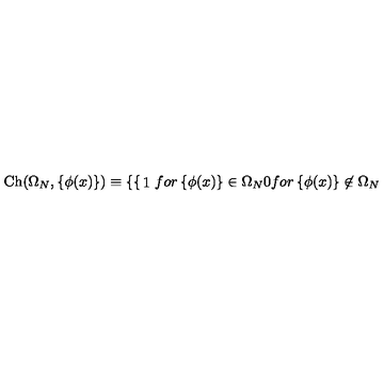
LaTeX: \mathrm { C h } ( \Omega _ { N } , \left\{ \phi ( x ) \right\} ) \equiv \left\{ \begin{cases} { 1 } & { f o r \left\{ \phi ( x ) \right\} \in \Omega _ { N } } \\ { 0 } & { f o r \left\{ \phi ( x ) \right\} \not \in \Omega _ { N } } \\ \end{cases} \right.